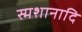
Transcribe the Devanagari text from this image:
स्मशानादि